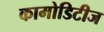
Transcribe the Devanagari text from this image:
कामोडिटीज